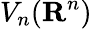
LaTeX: V_{n}(\mathbf{R}^{n})